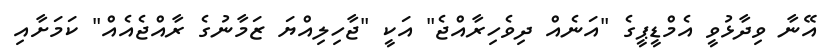
އޭނާ ވިދާޅުވީ އެމްޑީޕީގެ "އަނެއް ދިވެހިރާއްޖެ" އަކީ "ޖާހިލިއްޔަ ޒަމާނުގެ ރާއްޖެއެއް" ކަމަށާއި